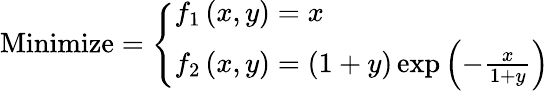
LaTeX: {\mathrm{Minimize}}={\left\{ \begin{array}{ll}{f_{1}\left(x,y\right)=x}\\ {f_{2}\left(x,y\right)=\left(1+y\right)\exp\left(-{\frac{x}{1+y}}\right)}\end{array}\right.}